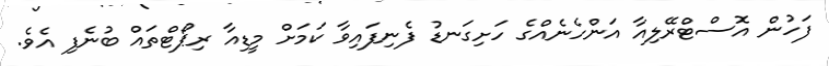
ފަހުން އޮސްޓްރޭލިއާ އަންހެނެއްގެ ހަށިގަނޑު ފެނިފައިވާ ކަމަށް މީޑިއާ ރިޕޯޓްތައް ބުނެފި އެވެ.